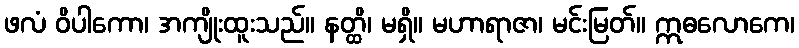
ဖလံ ဝိပါကော၊ အကျိုးထူးသည်။ နတ္ထိ၊ မရှိ။ မဟာရာဇာ၊ မင်းမြတ်။ ဣဓလောကေ၊